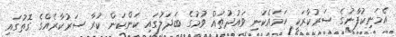
އެމަނިކުފާނުގެ ސަރުކާރަކީ ހަމައެކަނި ވައުދުތައް ވުމުގެ ބަދަލުގައި ކަންކަން ކުރާ ސަރުކާރެއްގެ ގޮތުގައި